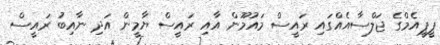
ޕީޕީއެމްގެ ޖަލްސާއެއްގައި ރައީސް މައުމޫން އާއި ރައީސް ޔާމީން އަދި ނާއިބު ރައީސް